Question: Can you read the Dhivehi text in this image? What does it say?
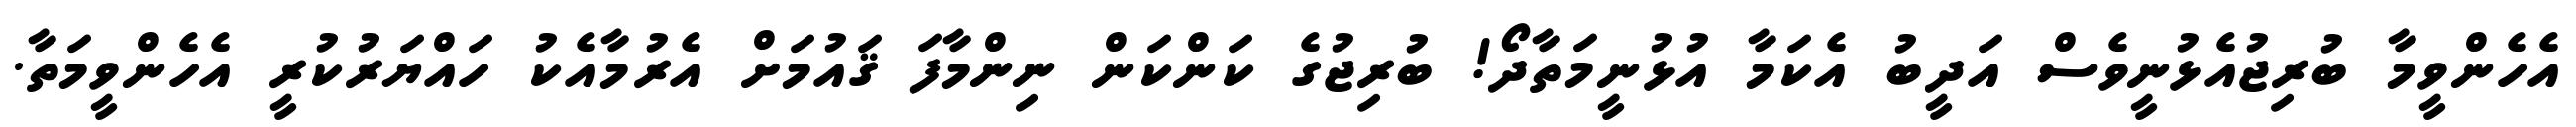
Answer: އެހެންވީމާ ބުރިޖުއެޅުނީވެސް އަދީބު އެކަމާ އުޅުނީމަތާދޯ! ބުރިޖުގެ ކަންކަން ނިންމާފަ ޤައުމަށް އެރުމާއެކު ހައްޔަރުކުރީ އެހެންވީމަތާ.